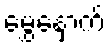
မွှေနှောက်